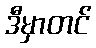
ဒီမှာတင်